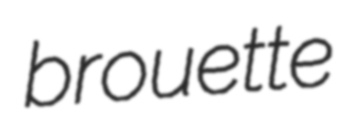
brouette